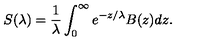
S ( \lambda ) = { \frac { 1 } { \lambda } } \int _ { 0 } ^ { \infty } e ^ { - z / \lambda } B ( z ) d z .